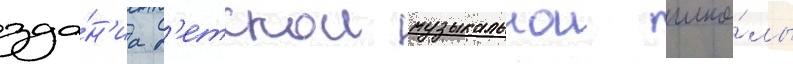
зда́н'иа д'етскои музыкальнои шко́лы